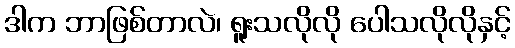
ဒါက ဘာဖြစ်တာလဲ၊ ရူးသလိုလို ပေါသလိုလိုနှင့်